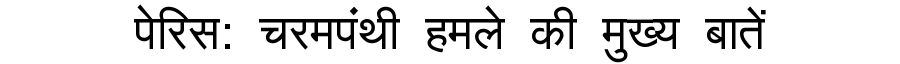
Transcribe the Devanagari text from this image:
पेरिस: चरमपंथी हमले की मुख्य बातें